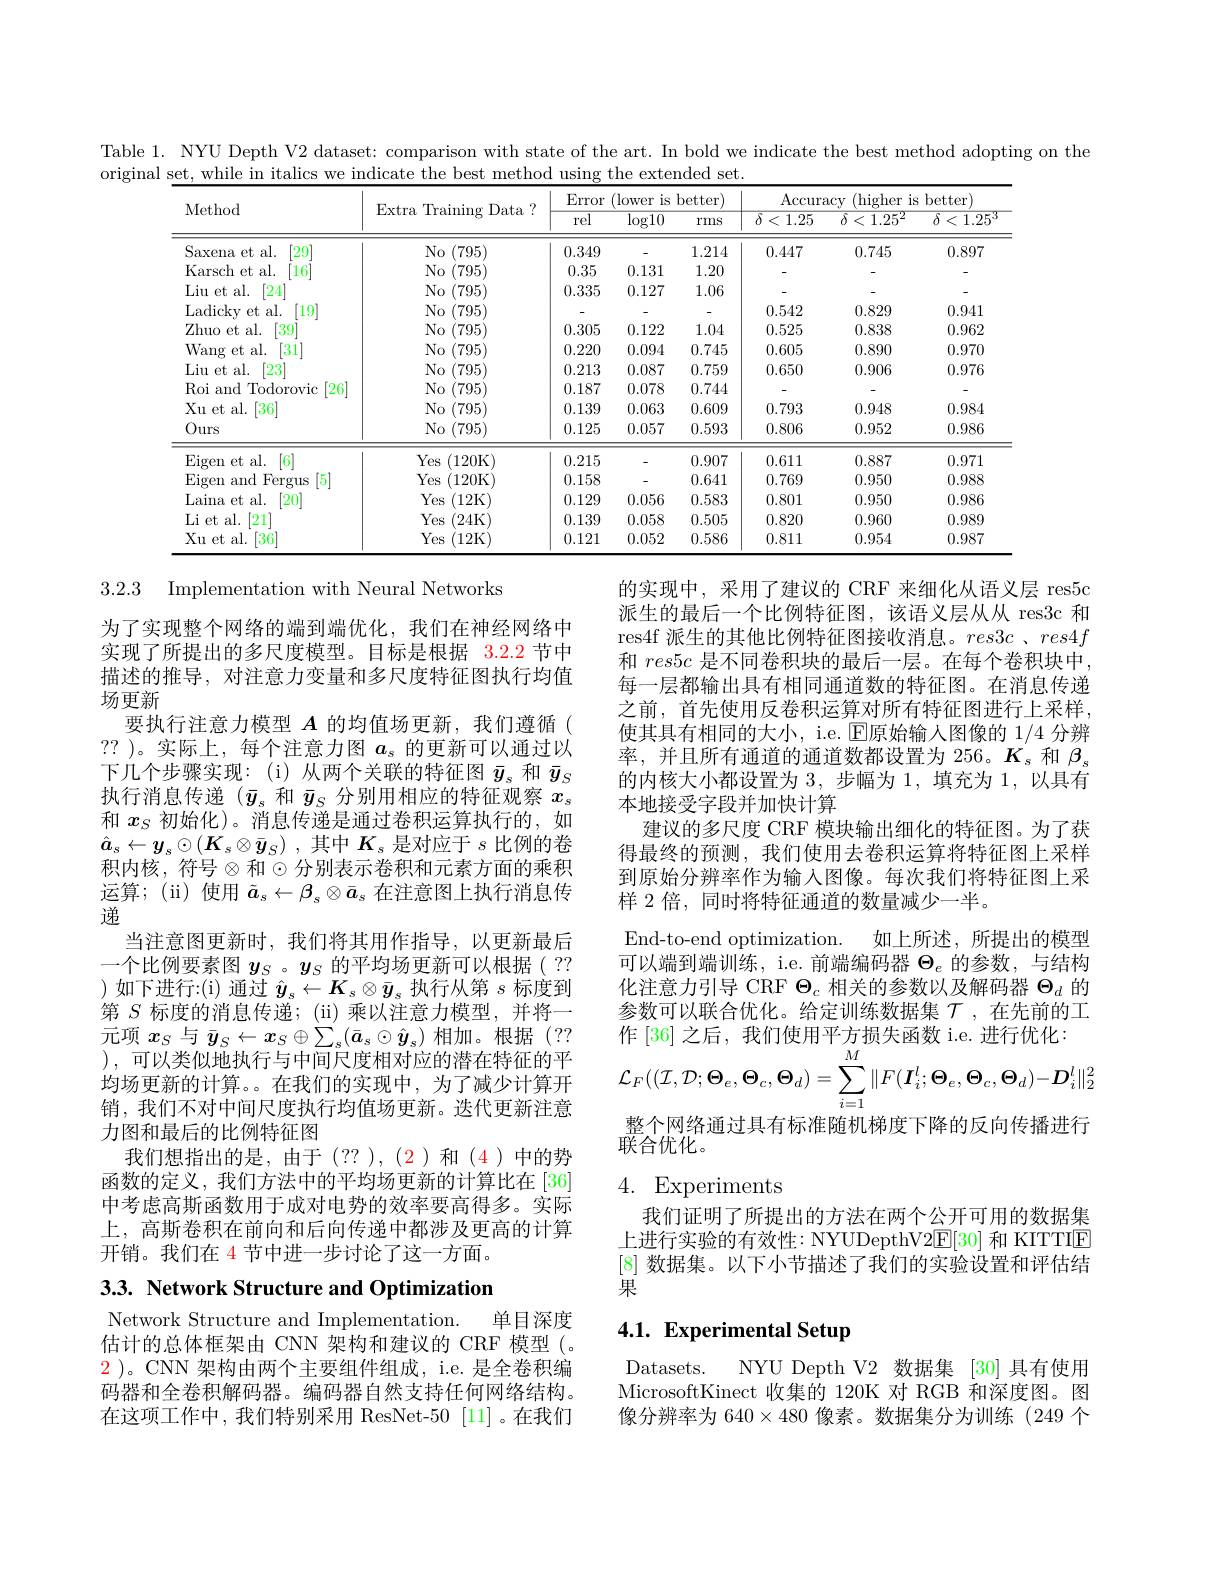
Table 1. NYU Depth V2 dataset: comparison with state of the art. In bold we indicate the best method adopting on the
original set, while in italics we indicate the best method using the extended set.
<table>
	<tbody>
		<tr>
			<th rowspan="2">Method</th>
			<th rowspan="2">$\operatorname{Extra}$ Training gData</th>
			<th>Error</th>
			<th colspan="2">Error (lower is better)</th>
			<th colspan="3">Accuracy (higher is better)</th>
		</tr>
		<tr>
			<th>rel</th>
			<th>$\overline{\log10}$</th>
			<th>rms</th>
			<th>$\overline{\delta<1.25}$</th>
			<th>$\overline{\delta<1.25^{2}}$</th>
			<th>$\overline{\delta<}$ $1.25^{\cdot}$</th>
		</tr>
		<tr>
			<td>[29] Saxena et al.</td>
			<td>No$\left ( 795\right )$</td>
			<td>0.349</td>
			<td> </td>
			<td>1.214</td>
			<td>0.447</td>
			<td>0.745</td>
			<td>0.897</td>
		</tr>
		<tr>
			<td>Karsch et al. $16^{\prime}$</td>
			<td>No ( 795) </td>
			<td>0.35</td>
			<td>0.131</td>
			<td>1.20</td>
			<td> </td>
			<td> </td>
			<td> </td>
		</tr>
		<tr>
			<td>Liu et al. $\lceil24\rceil^{\prime}$</td>
			<td>No(795)</td>
			<td>0.335</td>
			<td>0.127</td>
			<td>1.06</td>
			<td> </td>
			<td> </td>
			<td> </td>
		</tr>
		<tr>
			<td>Ladicky et al. [19]</td>
			<td>No(795)</td>
			<td> </td>
			<td> </td>
			<td> </td>
			<td>0.542</td>
			<td>0.829</td>
			<td>0.941</td>
		</tr>
		<tr>
			<td>39 Zhuo et al.</td>
			<td>No ( 795) </td>
			<td>0.305</td>
			<td>0.122</td>
			<td>1.04</td>
			<td>0.525</td>
			<td>0.838</td>
			<td>0.962</td>
		</tr>
		<tr>
			<td>Wang et al. 31</td>
			<td>No(795)</td>
			<td>0.220</td>
			<td>0.094</td>
			<td>0.745</td>
			<td>0.605</td>
			<td>0.890</td>
			<td>0.970</td>
		</tr>
		<tr>
			<td>Liu et al. $\lceil23\rceil^{\prime}$</td>
			<td>No(795)</td>
			<td>0.213</td>
			<td>0.087</td>
			<td>0.759</td>
			<td>0.650</td>
			<td>0.906</td>
			<td>0.976</td>
		</tr>
		<tr>
			<td>Roi and Todorovic $\lceil26\rceil$ 1</td>
			<td>No (795)</td>
			<td>0.187</td>
			<td>0.078</td>
			<td>0.744</td>
			<td> </td>
			<td> </td>
			<td> </td>
		</tr>
		<tr>
			<td>Xu et al. $\lceil36^{\prime}$</td>
			<td>No(795)</td>
			<td>0.139</td>
			<td>0.063</td>
			<td>0.609</td>
			<td>0.793</td>
			<td>0.948</td>
			<td>0.984</td>
		</tr>
		<tr>
			<td>Ours</td>
			<td>No (795)</td>
			<td>0.125</td>
			<td>0.057</td>
			<td>0.593</td>
			<td>0.806</td>
			<td>0.952</td>
			<td>0.986</td>
		</tr>
		<tr>
			<td>Eigen et al. $\lceil6\rceil$</td>
			<td>Yes ${\mathrm{s}}(120$K)</td>
			<td>0.215</td>
			<td>-</td>
			<td>0.907</td>
			<td>0.611</td>
			<td>0.887</td>
			<td>0.971</td>
		</tr>
		<tr>
			<td>Eigen and Fergus 5</td>
			<td>Yes (120K</td>
			<td>0.158</td>
			<td>-</td>
			<td>0.641</td>
			<td>0.769</td>
			<td>0.950</td>
			<td>0.988</td>
		</tr>
		<tr>
			<td>Laina et al. [20]</td>
			<td>(12K Yes</td>
			<td>0.129</td>
			<td>0.056</td>
			<td>0.583</td>
			<td>0.801</td>
			<td>0.950</td>
			<td>0.986</td>
		</tr>
		<tr>
			<td>Li et al. [21]</td>
			<td>Yes $\textbf{s}( 24$K)</td>
			<td>0.139</td>
			<td>0.058</td>
			<td>0.505</td>
			<td>0.820</td>
			<td>0.960</td>
			<td>0.989</td>
		</tr>
		<tr>
			<td>Xu et al. $[36^{\prime}$</td>
			<td>Yes (12K</td>
			<td>0.121</td>
			<td>0.052</td>
			<td>0.586</td>
			<td>0.811</td>
			<td>0.954</td>
			<td>0.987</td>
		</tr>
	</tbody>
</table>

的实现中，采用了建议的 CRF 来细化从语义层 res5c 派生的最后一个比例特征图，该语义层从从 res3c 和res4f 派生的其他比例特征图接收消息。$res3c$ $、 res4f$ 和$res5c$是不同卷积块的最后一层。在每个卷积块中， 每一层都输出具有相同通道数的特征图。在消息传递之前，首先使用反卷积运算对所有特征图进行上采样， 使其具有相同的大小，i.e. $\operatorname{E\text{原始输入图像的 }1/4}$分辨率，并且所有通道的通道数都设置为 256。$K_s$和$\beta_s$ 的内核大小都设置为3，步幅为 1,填充为 1,以具有本地接受字段并加快计算
建议的多尺度 CRF 模块输出细化的特征图。为了获得最终的预测，我们使用去卷积运算将特征图上采样到原始分辨率作为输入图像。每次我们将特征图上采样 2 倍，同时将特征通道的数量减少一半。
End-to-end optimization. 如上所述，所提出的模型可以端到端训练，i.e. 前端编码器$\Theta_e$的参数，与结构化注意力引导 CRF $\Theta_c$相关的参数以及解码器$\Theta_d$的参数可以联合优化。给定训练数据集$\mathcal{T}$ ,在先前的工作 [36] 之后，我们使用平方损失函数 i.e. 进行优化：
$$\mathcal{L}_{F}((\mathcal{I},\mathcal{D};\boldsymbol{\Theta}_{e},\boldsymbol{\Theta}_{c},\boldsymbol{\Theta}_{d})=\sum_{i=1}^{M}\|F(\boldsymbol{I}_{i}^{l};\boldsymbol{\Theta}_{e},\boldsymbol{\Theta}_{c},\boldsymbol{\Theta}_{d})-\boldsymbol{D}_{i}^{l}\|_{2}^{2}$$
整个网络通过具有标准随机梯度下降的反向传播进行
联合优化。
4. Experiments

3.2.3 Implementation with Neural Networks
为了实现整个网络的端到端优化，我们在神经网络中实现了所提出的多尺度模型。目标是根据 3.2.2 节中描述的推导，对注意力变量和多尺度特征图执行均值场更新
要执行注意力模型$A$的均值场更新，我们遵循( ?? )。实际上，每个注意力图$a_\mathrm{s}$的更新可以通过以下几个步骤实现：(i)从两个关联的特征图$\bar{y}_s$和$\bar{y}_S$ 执行消息传递 ($\bar{y}_s$和$\bar{y}_S$分别用相应的特征观察$x_s$ 和$x_S$初始化)。消息传递是通过卷积运算执行的，如$\hat{a} _s\leftarrow y_s\odot ( K_s\otimes \bar{y} _S)$ ,其中$K_s$是对应于$s$比例的卷积内核，符号$\otimes$和$\odot$分别表示卷积和元素方面的乘积运算；(ii)使用$\tilde{a}_s\leftarrow\beta_s\otimes\bar{a}_s$在注意图上执行消息传递
当注意图更新时，我们将其用作指导，以更新最后一个比例要素图$y_S$ 。$y_S$的平均场更新可以根据(?? )如下进行：(i) 通过$\hat{y}_s\leftarrow K_s\otimes\bar{y}_s$执行从第$s$标度到第$S$标度的消息传递；(ii)乘以注意力模型，并将一元项$x_S$与$\bar{y}_S\leftarrow x_S\oplus\sum_s(\bar{a}_s\odot\hat{\boldsymbol{y}}_s)$相加。根据(?? ), 可以类似地执行与中间尺度相对应的潜在特征的平均场更新的计算。。在我们的实现中，为了减少计算开销，我们不对中间尺度执行均值场更新。迭代更新注意力图和最后的比例特征图
我们想指出的是，由于(??),(2)和(4)中的势函数的定义，我们方法中的平均场更新的计算比在[36] 中考虑高斯函数用于成对电势的效率要高得多。实际上，高斯卷积在前向和后向传递中都涉及更高的计算开销。我们在 4 节中进一步讨论了这一方面。

我们证明了所提出的方法在两个公开可用的数据集上进行实验的有效性：NYUDepthV2$\underline{\mathrm{E}}[30]$和 KITTIE [8]数据集。以下小节描述了我们的实验设置和评估结果

3.3. Network Structure and Optimization

# 4.1. Experimental Setup

Network Structure and Implementation.
单目深度
估计的总体框架由 CNN 架构和建议的 CRF 模型(。$\color{red}2$ )。CNN 架构由两个主要组件组成，i.e. 是全卷积编码器和全卷积解码器。编码器自然支持任何网络结构。在这项工作中，我们特别采用 ResNet-50 [11] 。在我们

Datasets.
NYU Depth V2 数据集[30]具有使用
MicrosoftKinect 收集的 120K 对 RGB 和深度图。图像分辨率为 6$40\times480$像素。数据集分为训练(249 个